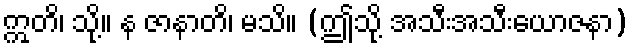
ဣတိ၊ သို့။ န ဇာနာတိ၊ မသိ။ (ဤသို့ အသီးအသီးယောဇနာ)